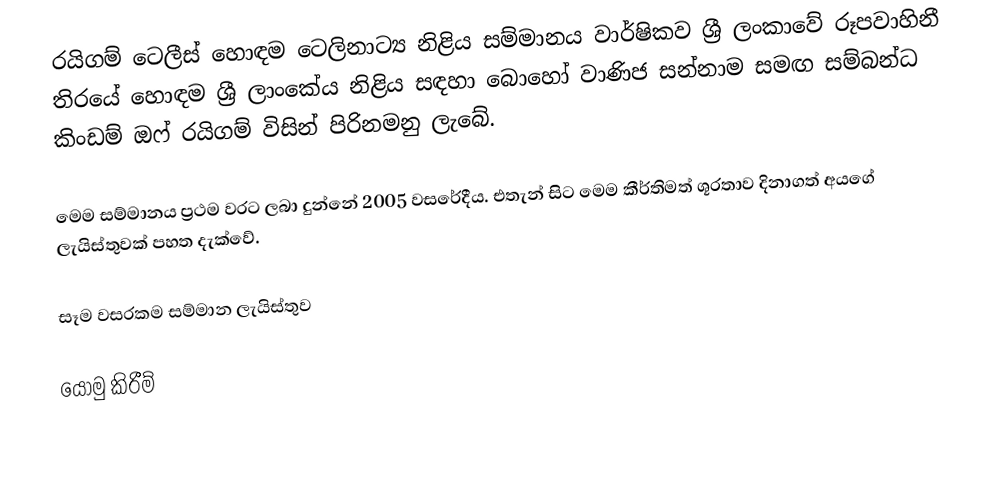
රයිගම් ටෙලීස් හොඳම ටෙලිනාට්‍ය නිළිය සම්මානය වාර්ෂිකව ශ්‍රී ලංකාවේ රූපවාහිනී තිරයේ හොඳම ශ්‍රී ලාංකේය නිළිය සඳහා බොහෝ වාණිජ සන්නාම සමඟ සම්බන්ධ කිංඩම් ඔෆ් රයිගම් විසින් පිරිනමනු ලැබේ.

මෙම සම්මානය ප්‍රථම වරට ලබා දුන්නේ 2005 වසරේදීය. එතැන් සිට මෙම කීර්තිමත් ශූරතාව දිනාගත් අයගේ ලැයිස්තුවක් පහත දැක්වේ.

සෑම වසරකම සම්මාන ලැයිස්තුව

යොමු කිරීම්